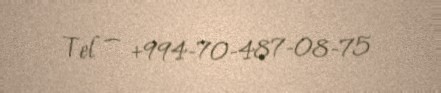
Tel — +994-70-487-08-75